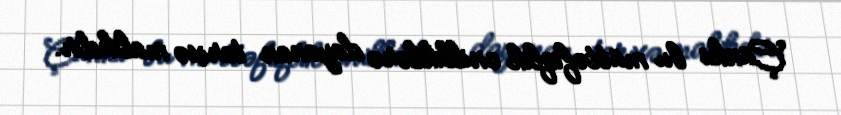
Çünki bu müttəfiqlik onilliklərə dayanan tarixə malikdir.